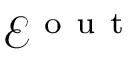
\mathcal { E } ^ { \mathrm { ~ o ~ u ~ t ~ } }